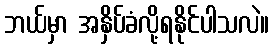
ဘယ်မှာ အနှိပ်ခံလို့ရနိုင်ပါသလဲ။